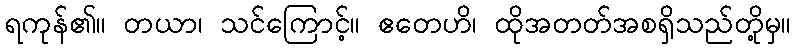
ရကုန်၏။ တယာ၊ သင်ကြောင့်။ ဧတေဟိ၊ ထိုအတတ်အစရှိသည်တို့မှ။